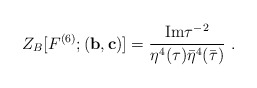
\begin{align*}Z_{B}[F^{(6)};({\bf b},{\bf c})]= \frac{{\rm Im}\tau^{-2}}{\eta ^{4}(\tau)\bar{\eta}^{4}(\bar{\tau})}\ .\end{align*}